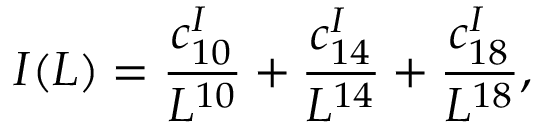
I ( L ) = \frac { c _ { 1 0 } ^ { I } } { L ^ { 1 0 } } + \frac { c _ { 1 4 } ^ { I } } { L ^ { 1 4 } } + \frac { c _ { 1 8 } ^ { I } } { L ^ { 1 8 } } ,